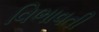
વિભાવતી